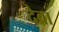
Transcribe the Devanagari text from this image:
देबा